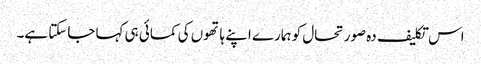
اس تکلیف دہ صورتحال کو ہمارے اپنے ہاتھوں کی کمائی ہی کہا جاسکتا ہے۔